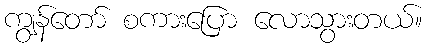
ကျွန်တော် စကားပြော လောသွားတယ်။